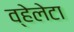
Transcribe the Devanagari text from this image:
व्हेलेटा